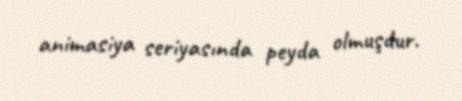
animasiya seriyasında peyda olmuşdur.